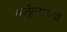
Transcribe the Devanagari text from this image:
कर्तुत्वाच्या